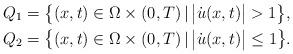
LaTeX: \begin{align*}Q_1 &= \big\{(x, t) \in \Omega \times (0,T) \,|\, \big|\dot{u}(x, t)\big| > 1 \big\},\\Q_2 &= \big\{(x, t) \in \Omega \times (0,T) \,|\, \big|\dot{u}(x, t)\big| \le 1 \big\}.\end{align*}